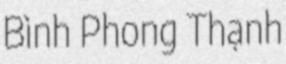
Bình Phong Thạnh